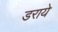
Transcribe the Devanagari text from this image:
डराये